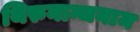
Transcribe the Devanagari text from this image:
थिरुनान्जनाम